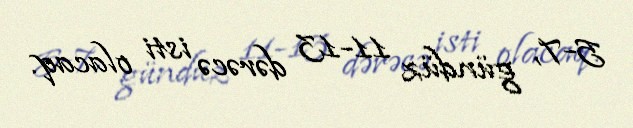
5-7, gündüz 11-13 dərəcə isti olacaq.